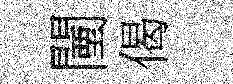
闉偈